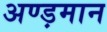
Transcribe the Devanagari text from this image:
अण्ड़मान